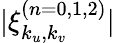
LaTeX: |\xi_{k_{u},k_{v}}^{(n=0,1,2)}|